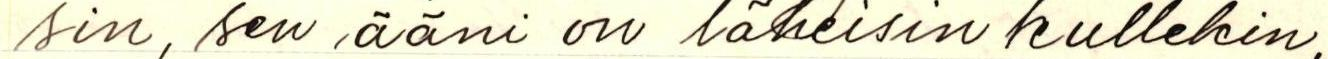
sin, sen ääni on läheisin kullekin,